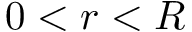
0 < r < R